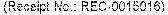
(RECEIPT NO: REC.0015016)